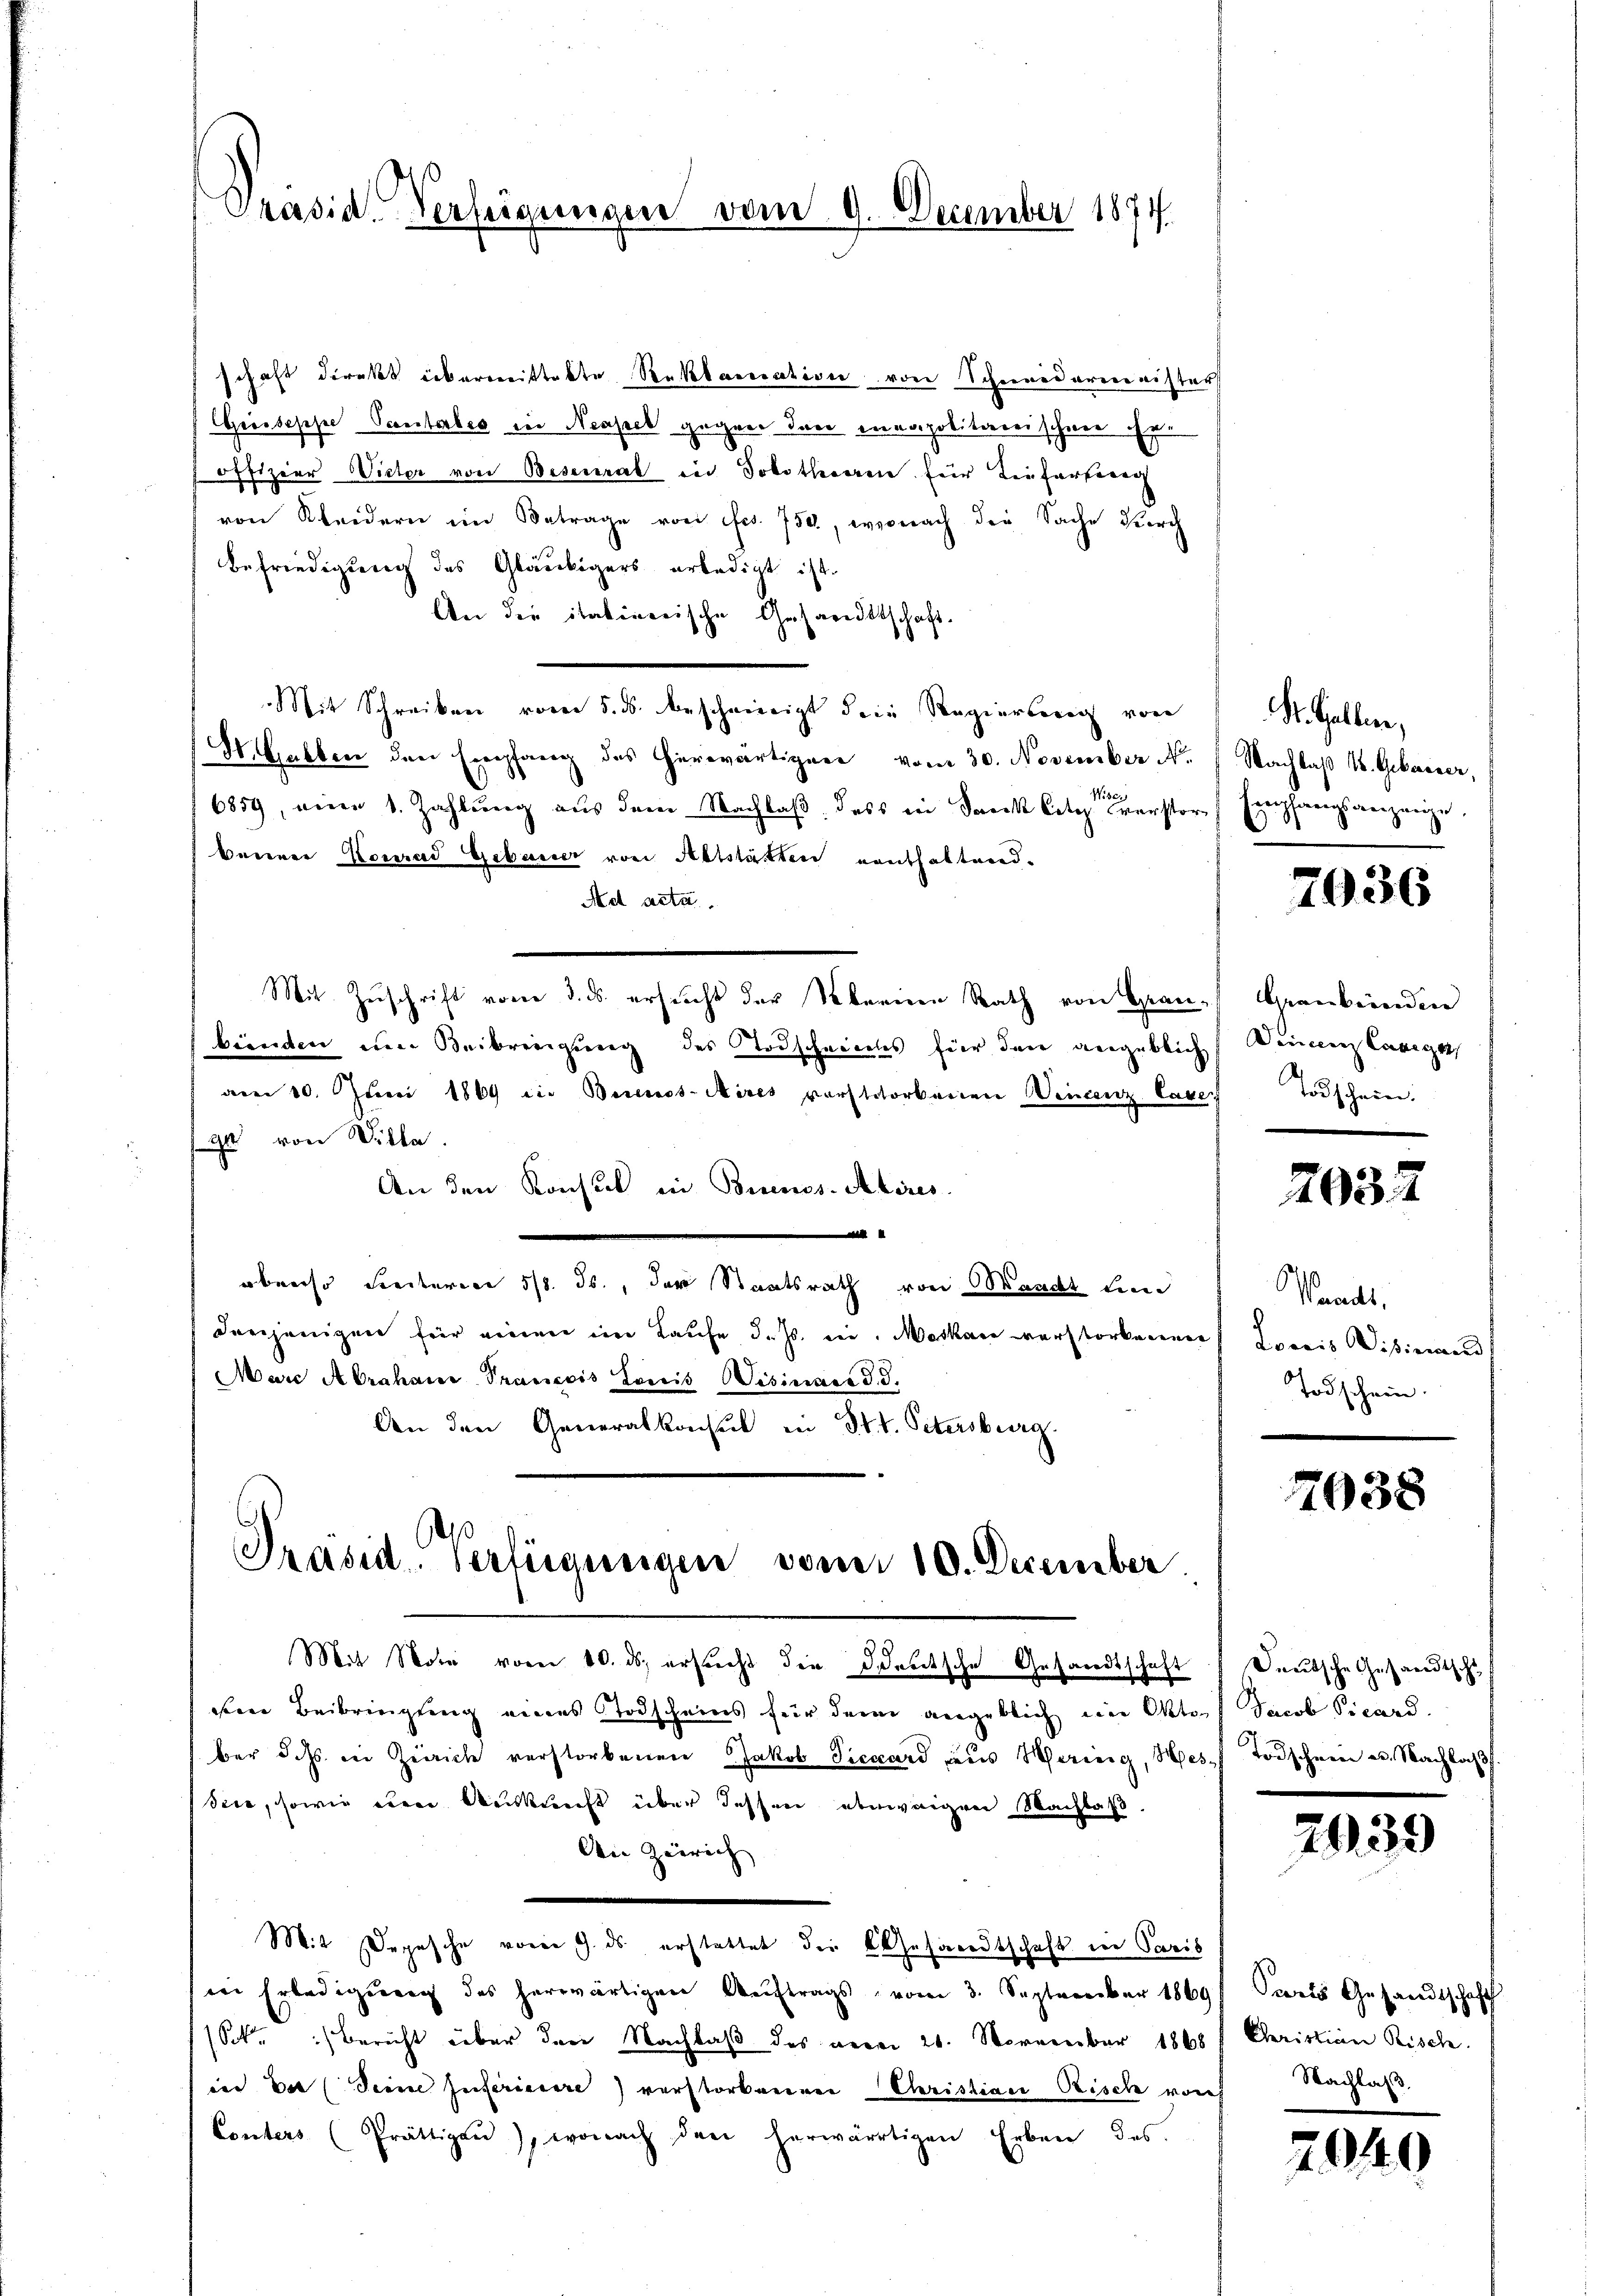
Präsid. Verfügungen vom 9. December 1874.

schaft direkt übermittekte Reklareration von Schiedermeister
Grissesse Peenstorbes in Neapel gegen den ineapolitarischwer ihre
offizier Victor von Besenrat in Solotherren für Tiefertieng
von Kleidern im Betrage von fr. 750, wonach die Sache durch
Befriedigung des Gläubigers erledigt ist.
An die italinerische Gesandtschaft.
Mit Schreiben vom 5. ds. bescheinigt dein Regierberg von
St. Gaber den Empfang des herwärtigene vom 30. November N.
6859, eine 1. Zahlung aus dem Nachlaß dass in Danck Cote verstor
berner Konrad Gebauer von Altstätten enthaltend¬
Aet acte.
Mit Zuschrift vom 3. ds. ersucht der berinen Rath von Graubiinden eine Beibrengung des Todschneieles für dere angeblich
aem 10. Juni 1869 die Berenos-Aires vorstatorbenen Wincenz Caver
ga von Wille.
An den Konsul in Buenos-Alires.
.
obenso Seiteren 518. ds., der Staatsrath von Waadt Lun
drejenigen für einen im Laufe d. Js. ein. Moskau verstorkennen
Marc Abrahane Prancois Loicis Wisinace d. d.
Aen den Generalkonsul in St. t. Petersburg.

Präsid. Verfügungen vom 10. December

9
Mit Note vom 10. ds. ersucht die Ideetsche Gesandtschaft
ieren Beibringung eines Todscheins für den angeblich im Oktoph Jacob Vicard.
ber dass in Zürich verstorbenen Jakob Ticcard aus Hering, Hes Todschein u. Nachlaß
Sice, sowie eine Auskunft über dessen abeweigen Nachlaß,
den Zürich
Mit Depesche vom 9. ds erstattet die Gesandtschaft in Paris
in Erledigung des herwärtigen Auftrags vom 3. September 1869
(Sck. Bericht über den Nachlaß des verer 26. November 1868
ies der (Seine Geisteriacere) verstorbenenen Christian Risch vorh
Conters (Prättigen), wonach den herwärtigen Erben des

. Gallen,
Nachlaß V. Gebaiser,
Empfangsanzeige.

7036

Graubünden
Deiner Cance,
Todscheien.

2037

Waaus.
Loacis Wisiman
Todschein.

7038

Deutsche Gesandtschl

2939

Paris Gesandtschaft
Cheristinen Risch.
Nachlaß.

2040